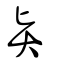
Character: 賢